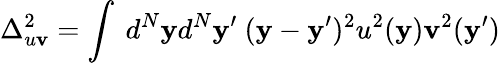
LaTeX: \Delta_{u\mathbf{v}}^{2}=\int~d^{N}\mathbf{y}d^{N}\mathbf{y}^{\prime}~(\mathbf{y}-\mathbf{y}^{\prime})^{2}u^{2}(\mathbf{y})\mathbf{v}^{2}(\mathbf{y}^{\prime})